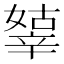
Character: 𨐞